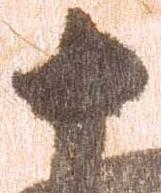
十